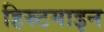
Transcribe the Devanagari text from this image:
हिस्र्टमाइन